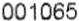
001065